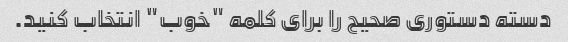
دسته دستوری صحیح را برای کلمه "خوب" انتخاب کنید.